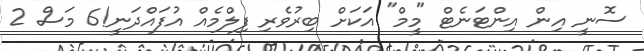
ސޮނީ އިން އިންޓަނެޓް "މީމް" އަކަށް ބިރުވެރި ފިލްމެއް އުފައްދަނީ!6 މަސް 2